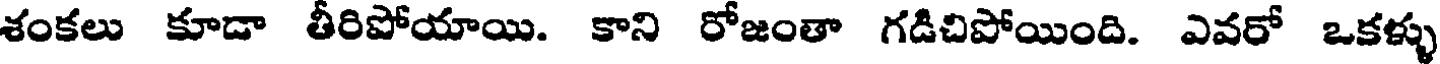
శంకలు కూడా తీరిపోయాయి. కాని రోజంతా గడిచిపోయింది. ఎవరో ఒకళ్ళు